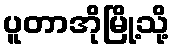
ပူတာအိုမြို့သို့